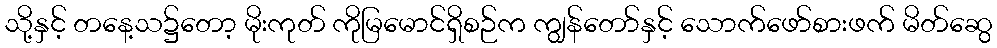
သို့နှင့် တနေ့သ၌တော့ မိုးကုတ် ကိုမြမောင်ရှိစဉ်က ကျွန်တော်နှင့် သောက်ဖော်စားဖက် မိတ်ဆွေ